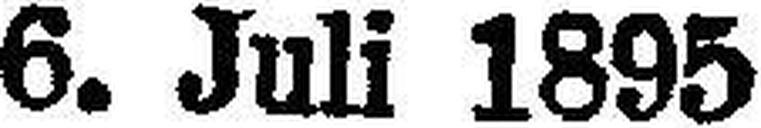
6. Juli 1895